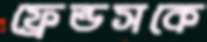
ফ্রেন্ডসকে